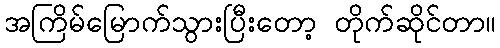
အကြိမ်မြောက်သွားပြီးတော့ တိုက်ဆိုင်တာ။